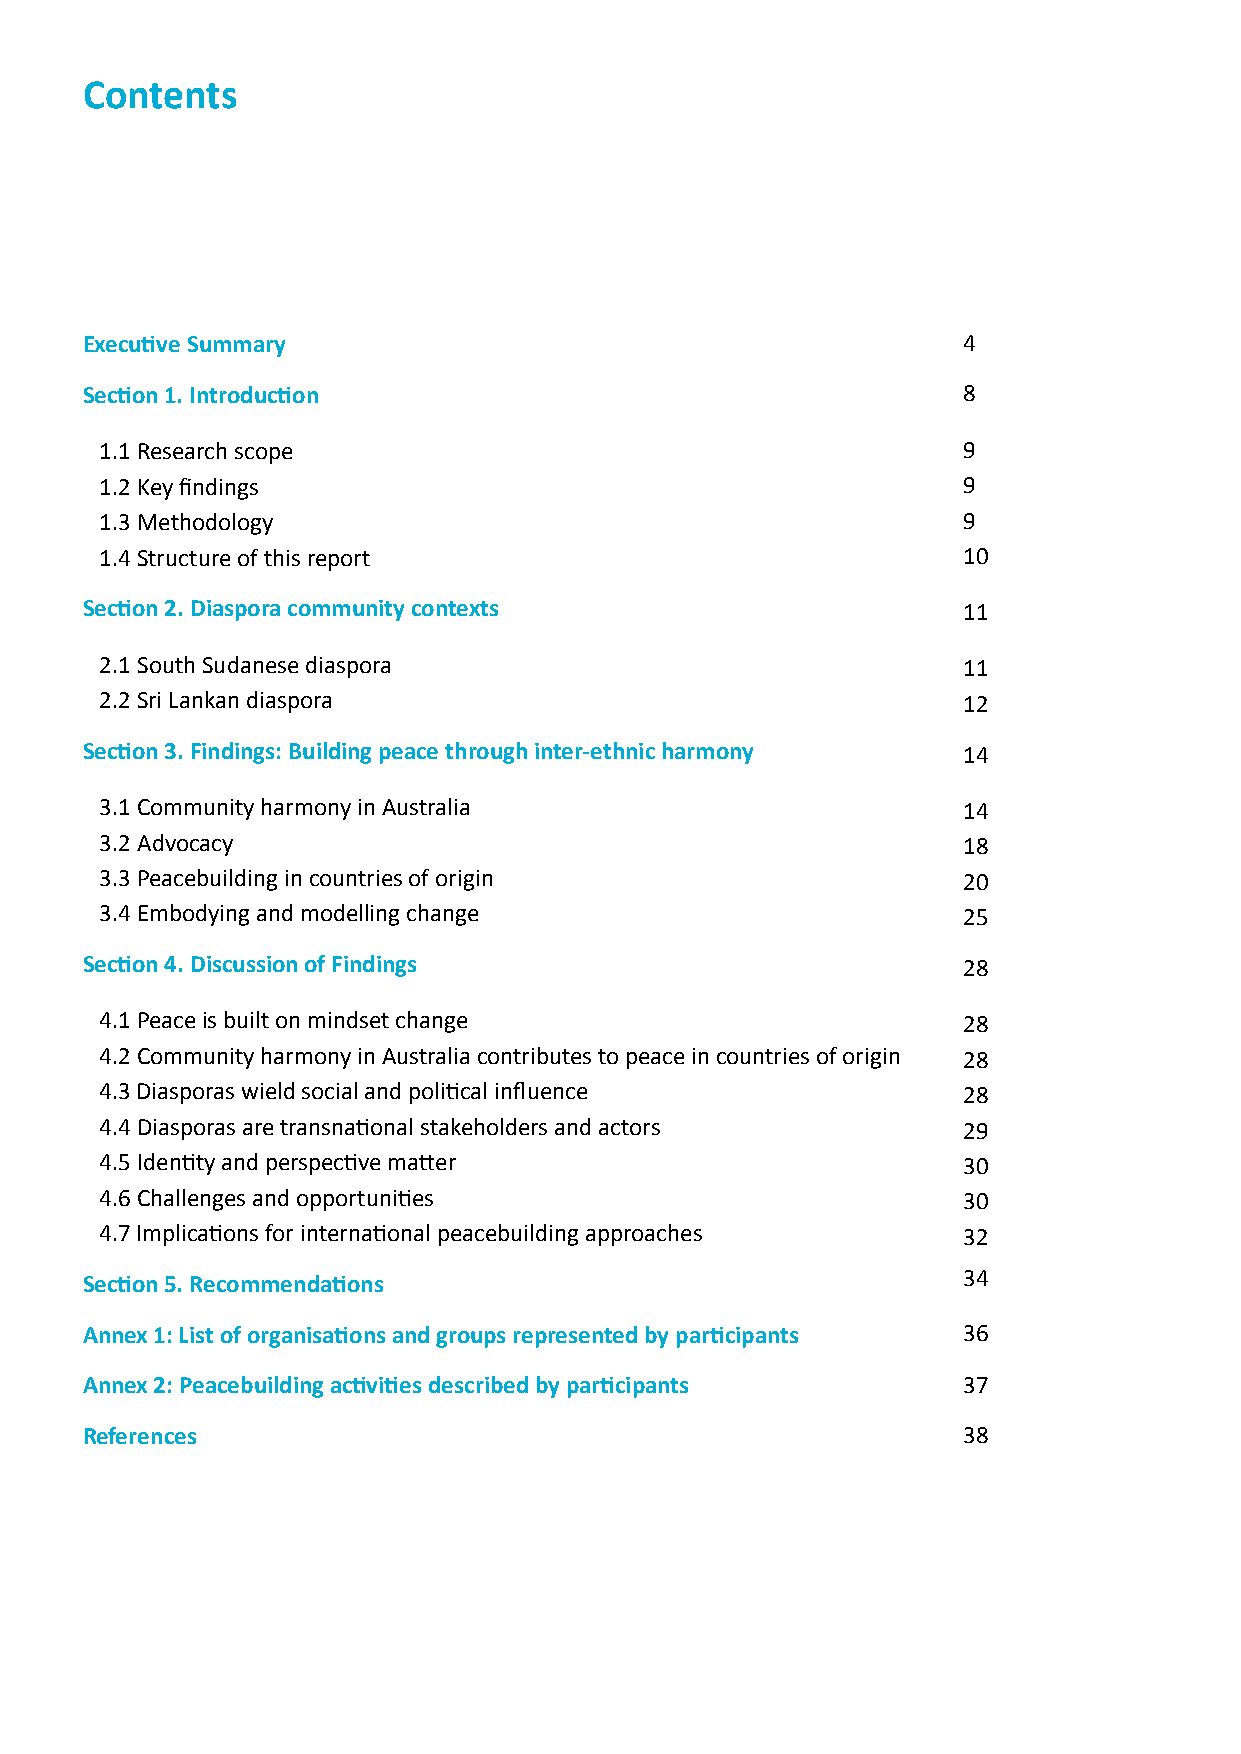
Contents
 Executive Summary                                          4
 Section 1. Introduction                                    8
 1.1 Research scope                                       9
 1.2 Key findings                                         9
 1.3 Methodology                                          9
 1.4 Structure of this report                             10
 Section 2. Diaspora community contexts                     11
 2.1 South Sudanese diaspora                              11
 2.2 Sri Lankan diaspora                                  12
 Section 3. Findings: Building peace through inter-ethnic harmony 14
 3.1 Community harmony in Australia                       14
 3.2 Advocacy                                             18
 3.3 Peacebuilding in countries of origin                 20
 3.4 Embodying and modelling change                       25
 Section 4. Discussion of Findings                          28
 4.1 Peace is built on mindset change                     28
 4.2 Community harmony in Australia contributes to peace in countries of origin 28
 4.3 Diasporas wield social and political influence       28
 4.4 Diasporas are transnational stakeholders and actors  29
 4.5 Identity and perspective matter                      30
 4.6 Challenges and opportunities                         30
 4.7 Implications for international peacebuilding approaches 32
 Section 5. Recommendations                                 34
 Annex 1: List of organisations and groups represented by participants 36
 Annex 2: Peacebuilding activities described by participants 37
 References                                                 38